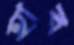
হাব